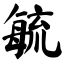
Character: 毓